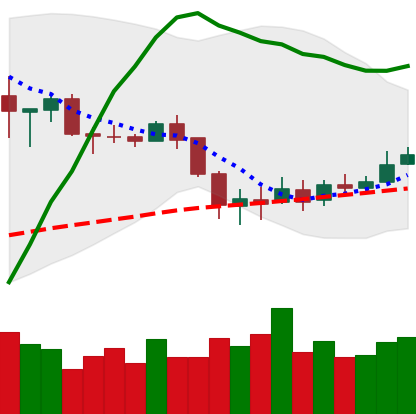
Ticker: BNB-USD
Chart end date: 2020-03-06
Forward return: -22.376%
Label: down_7plus